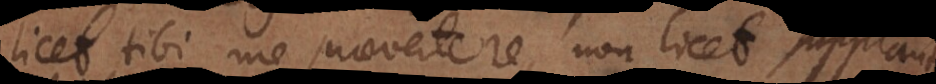
licet tibi me praevertere, non licet supplant